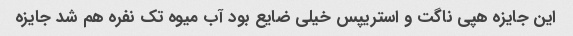
این جایزه هپی ناگت و استریپس خیلی ضایع بود آب میوه تک نفره هم شد جایزه